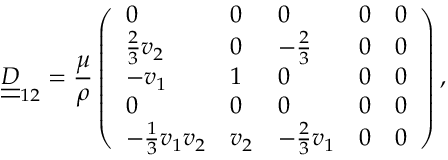
\underline { { \underline { { D } } } } _ { 1 2 } = \frac { \mu } { \rho } \left( \begin{array} { l l l l l } { 0 } & { 0 } & { 0 } & { 0 } & { 0 } \\ { \frac { 2 } { 3 } v _ { 2 } } & { 0 } & { - \frac { 2 } { 3 } } & { 0 } & { 0 } \\ { - v _ { 1 } } & { 1 } & { 0 } & { 0 } & { 0 } \\ { 0 } & { 0 } & { 0 } & { 0 } & { 0 } \\ { - \frac { 1 } { 3 } v _ { 1 } v _ { 2 } } & { v _ { 2 } } & { - \frac { 2 } { 3 } v _ { 1 } } & { 0 } & { 0 } \end{array} \right) ,